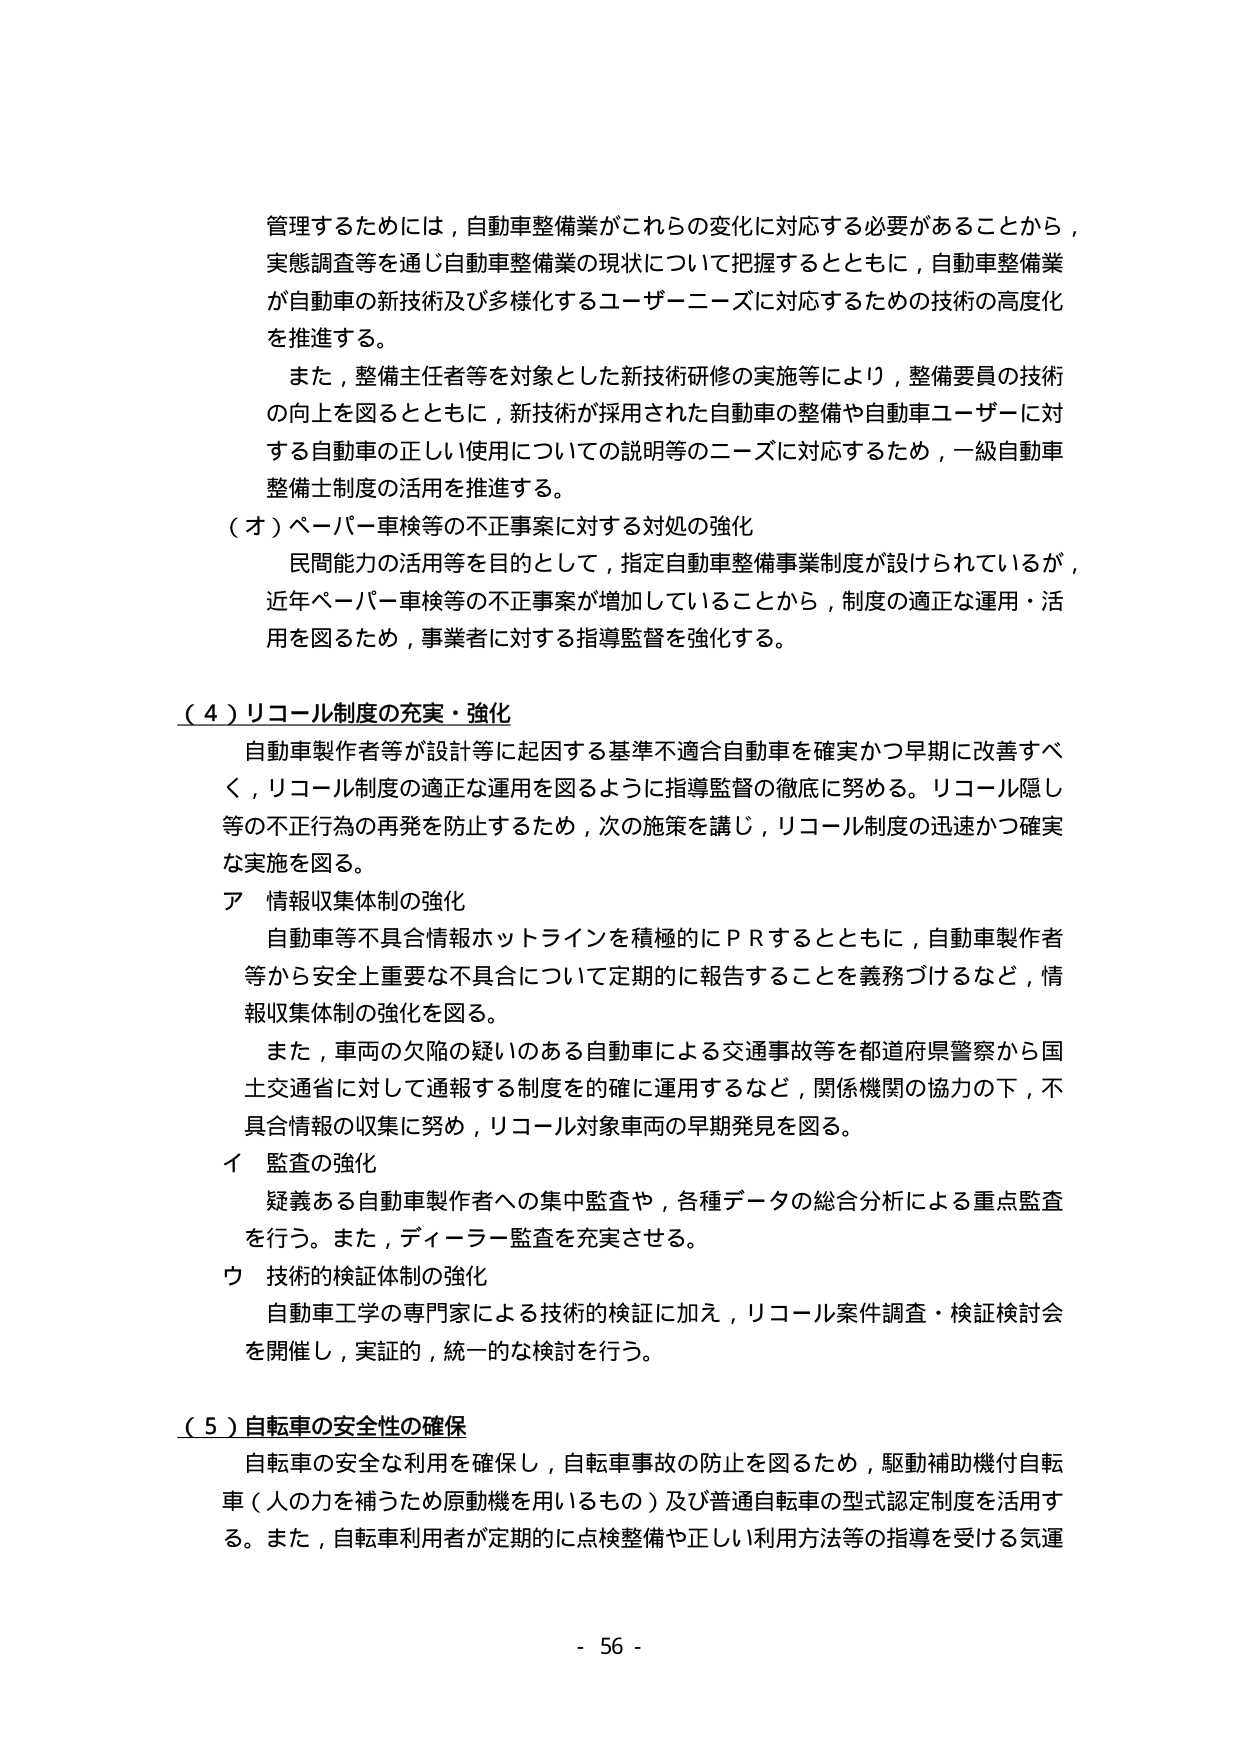
管理するためには，自動車整備業がこれらの変化に対応する必要があることから，
実態調査等を通じ自動車整備業の現状について把握するとともに，自動車整備業
が自動車の新技術及び多様化するユーザーニーズに対応するための技術の高度化
を推進する。

また，整備主任者等を対象とした新技術研修の実施等により，整備要員の技術
の向上を図るとともに，新技術が採用された自動車の整備や自動車ユーザーに対
する自動車の正しい使用についての説明等のニーズに対応するため，一級自動車
整備士制度の活用を推進する。

（オ）ペーパー車検等の不正事案に対する対処の強化
　民間能力の活用等を目的として，指定自動車整備事業制度が設けられているが，
近年ペーパー車検等の不正事案が増加していることから，制度の適正な運用・活
用を図るため，事業者に対する指導監督を強化する。

（４）リコール制度の充実・強化
　自動車製作者等が設計等に起因する基準不適合自動車を確実かつ早期に改善すべ
く，リコール制度の適正な運用を図るように指導監督の徹底に努める。リコール隠し
等の不正行為の再発を防止するため，次の施策を講じ，リコール制度の迅速かつ確実
な実施を図る。

ア　情報収集体制の強化
　自動車等不具合情報ホットラインを積極的にＰＲするとともに，自動車製作者
等から安全上重要な不具合について定期的に報告することを義務づけるなど，情
報収集体制の強化を図る。
　また，車両の欠陥の疑いのある自動車による交通事故等を都道府県警察から国
土交通省に対して通報する制度を的確に運用するなど，関係機関の協力の下，不
具合情報の収集に努め，リコール対象車両の早期発見を図る。

イ　監査の強化
　疑義ある自動車製作者への集中監査や，各種データの総合分析による重点監査
を行う。また，ディーラー監査を充実させる。

ウ　技術的検証体制の強化
　自動車工学の専門家による技術的検証に加え，リコール案件調査・検証検討会
を開催し，実証的，統一的な検討を行う。

（５）自転車の安全性の確保
　自転車の安全な利用を確保し，自転車事故の防止を図るため，駆動補助機付自転
車（人の力を補うため原動機を用いるもの）及び普通自転車の型式認定制度を活用す
る。また，自転車利用者が定期的に点検整備や正しい利用方法等の指導を受ける気運

- 56 -